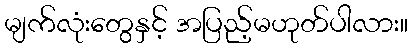
မျက်လုံးတွေနှင့် အပြည့်မဟုတ်ပါလား။